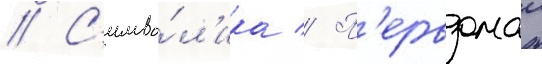
// С'имво́л'ика // П'ервомаи